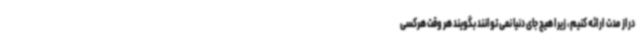
دراز مدت ارائه کنیم، زیرا هیچ جای دنیا نمی‌ توانند بگویند هر وقت هرکسی